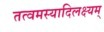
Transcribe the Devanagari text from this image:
तत्वमस्यादिलक्ष्यम्‌